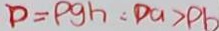
p = P g h : D a > P b